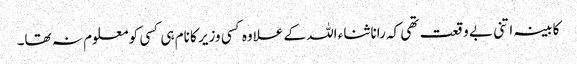
کابینہ اتنی بے وقعت تھی کہ رانا ثناء اللہ کے علاوہ کسی وزیر کا نام ہی کسی کو معلوم نہ تھا۔